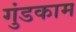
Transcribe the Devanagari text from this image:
गुंडकाम